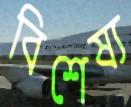
বিশেষ্য